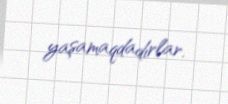
yaşamaqdadırlar.